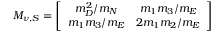
{ \cal M } _ { \nu , S } = \left[ \begin{array} { c c } { { m _ { D } ^ { 2 } / m _ { N } } } & { { m _ { 1 } m _ { 3 } / m _ { E } } } \\ { { m _ { 1 } m _ { 3 } / m _ { E } } } & { { 2 m _ { 1 } m _ { 2 } / m _ { E } } } \end{array} \right]